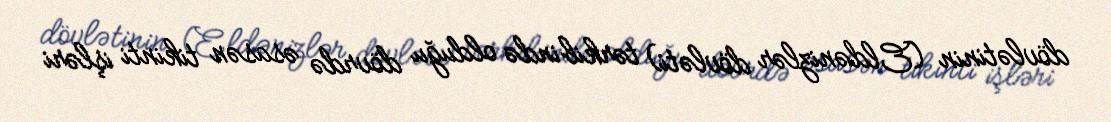
dövlətinin (Eldənizlər dövləti) tərkibində olduğu dövrdə əsasən tikinti işləri